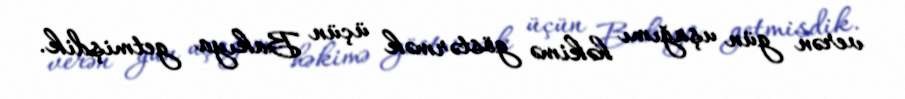
verən gün uşağımı həkimə göstərmək üçün Bakıya getmişdik.